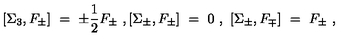
[ \Sigma _ { 3 } , F _ { \pm } ] \ = \ \pm \frac { 1 } { 2 } F _ { \pm } \ , [ \Sigma _ { \pm } , F _ { \pm } ] \ = \ 0 \ , \ [ \Sigma _ { \pm } , F _ { \mp } ] \ = \ F _ { \pm } \ ,